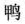
鸭